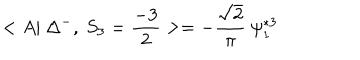
LaTeX: < A | ~ \Delta ^ { - } , ~ S _ { 3 } = \frac { - 3 } { 2 } > = - \frac { \sqrt { 2 } } { \pi } ~ \psi _ { 1 } ^ { * 3 }